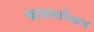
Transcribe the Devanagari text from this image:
कालसापेक्षच